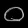
Digit: ၀